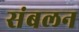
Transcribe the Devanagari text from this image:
संबलन